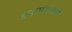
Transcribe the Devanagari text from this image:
इनामगावाचे